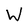
Character: W